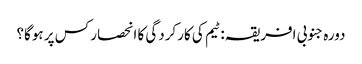
دورہ جنوبی افریقہ: ٹیم کی کارکردگی کا انحصار کس پر ہوگا؟